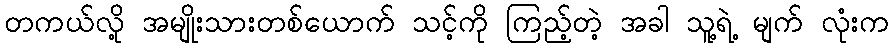
တကယ်လို့ အမျိုးသားတစ်ယောက် သင့်ကို ကြည့်တဲ့ အခါ သူ့ရဲ့ မျက် လုံးက